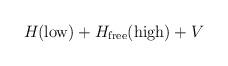
LaTeX: \begin{align*}H_{}({\rm low})+H_{\rm free}({\rm high}) + V\end{align*}